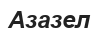
Азазел